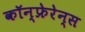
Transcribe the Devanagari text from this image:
कॉन्फ्रेरेन्स